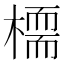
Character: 𣚊